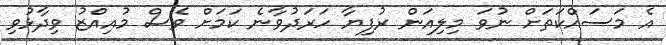
އެ މަސައްކަތަށް ނުވަ މިލިއަން ރުފިޔާ ހަރަދުވާނެ ކަމަށް ވެސް މުއިއްޒު ވިދާޅުވި